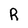
Character: R